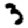
Digit: 3